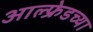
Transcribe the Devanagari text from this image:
आल्फ्रेडच्या